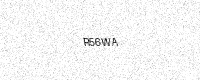
Text: R56WA